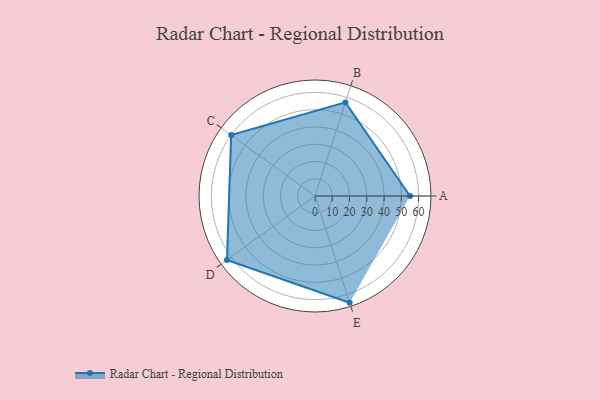
{"axis": {"x": "Skill", "y": "Score"}, "legend": ["Profile"], "data": [{"x": "A", "y": 55.0, "type": "Profile"}, {"x": "B", "y": 57.0, "type": "Profile"}, {"x": "C", "y": 60.0, "type": "Profile"}, {"x": "D", "y": 63.0, "type": "Profile"}, {"x": "E", "y": 65.0, "type": "Profile"}]}